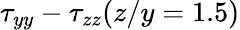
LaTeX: \tau_{yy}-\tau_{zz}(z/y=1.5)